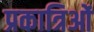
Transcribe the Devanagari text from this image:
प्रकात्रिओं